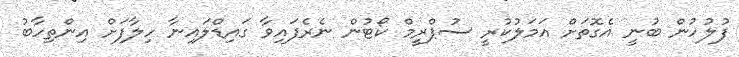
ފުލުހުން ބުނީ އެގޮތަށް އަމަލުކުރީ ސުޕްރީމް ކޯޓުން ނެރެފައިވާ ގައިޑްލައިނާ ހިލާފަށް އިންތިހާބު